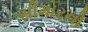
સીમોરનો